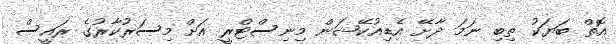
އޮތް ބަޔަކު ތިބި ނަމަ ދާށޭ އެޑިއުކޭޝަން މިނިސްޓްރީ އަށް މިސަރުކާރުގެ ރައީސް